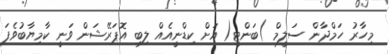
މިހާރު ހަމްދާން ސަލީމް )ބަންޓީ( އަށް ކިޑްނީއެއް ލިބި އޮޕަރޭޝަން ވަނީ ކާމިޔާބުވެފަ